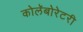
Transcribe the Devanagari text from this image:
कोलॅबोरेटरी